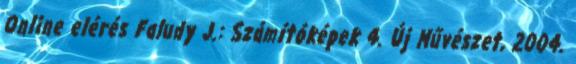
Online elérés Faludy J.: Számítóképek 4. Új Művészet, 2004.